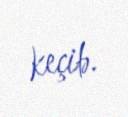
keçib.